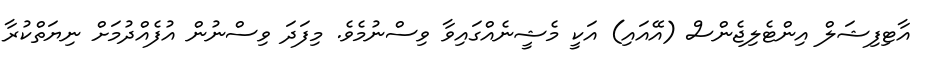
އާޓިފިޝަލް އިންޓެލިޖެންސް (އޭއައި) އަކީ މެޝީނެއްގައިވާ ވިސްނުމެވެ. މިފަދަ ވިސްނުން އުފެއްދުމަށް ނިޔަތްކުރާ